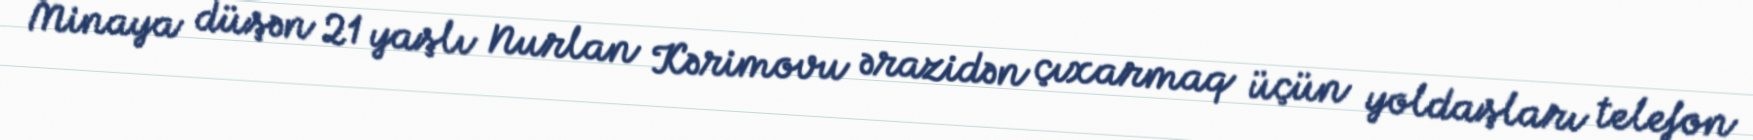
Minaya düşən 21 yaşlı Nurlan Kərimovu ərazidən çıxarmaq üçün yoldaşları telefon